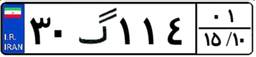
۳۰گ۱۱۴۰۱